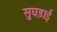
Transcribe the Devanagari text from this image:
सुघड़ाई